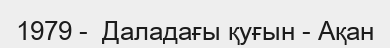
1979 -  Даладағы қуғын - Ақан